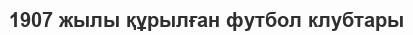
1907 жылы құрылған футбол клубтары